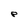
Character: P